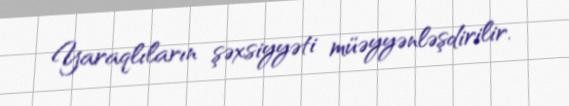
Yaraqlıların şəxsiyyəti müəyyənləşdirilir.